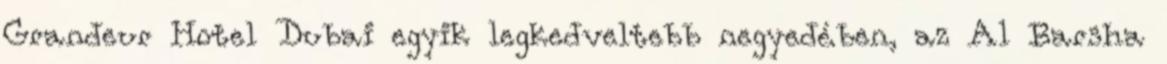
Grandeur Hotel Dubai egyik legkedveltebb negyedében, az Al Barsha